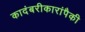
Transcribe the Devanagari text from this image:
कादंबरीकारांपैकी